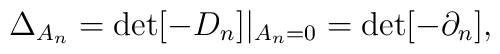
\Delta_{A_n}=\det[-D_n]|_{A_n=0}=\det[-\partial_n],